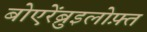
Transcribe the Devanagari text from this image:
बोएरेंब्रुइलोफ़्त